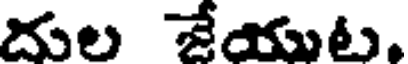
దుల జేయుట,